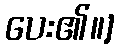
ပေး၏။]